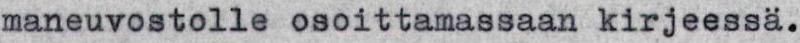
maneuvostolle osoittamassaan kirjeessä.